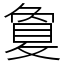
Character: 敻